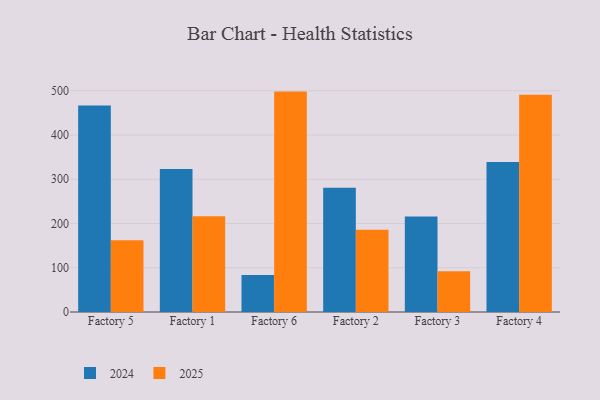
{"axis": {"x": "Factory", "y": "Active Users"}, "legend": ["2024", "2025"], "data": [{"x": "Factory 5", "y": 467.0, "type": "2024"}, {"x": "Factory 5", "y": 162.1, "type": "2025"}, {"x": "Factory 1", "y": 323.0, "type": "2024"}, {"x": "Factory 1", "y": 216.2, "type": "2025"}, {"x": "Factory 6", "y": 83.4, "type": "2024"}, {"x": "Factory 6", "y": 498.2, "type": "2025"}, {"x": "Factory 2", "y": 281.0, "type": "2024"}, {"x": "Factory 2", "y": 186.0, "type": "2025"}, {"x": "Factory 3", "y": 215.9, "type": "2024"}, {"x": "Factory 3", "y": 92.0, "type": "2025"}, {"x": "Factory 4", "y": 339.2, "type": "2024"}, {"x": "Factory 4", "y": 490.9, "type": "2025"}]}